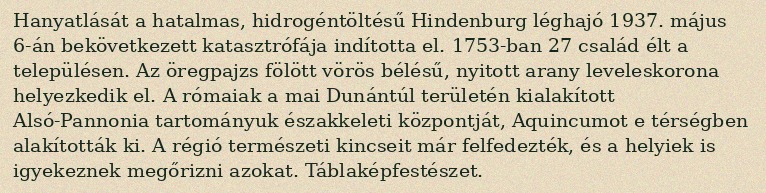
Hanyatlását a hatalmas, hidrogéntöltésű Hindenburg léghajó 1937. május 6-án bekövetkezett katasztrófája indította el. 1753-ban 27 család élt a településen. Az öregpajzs fölött vörös bélésű, nyitott arany leveleskorona helyezkedik el. A rómaiak a mai Dunántúl területén kialakított Alsó-Pannonia tartományuk északkeleti központját, Aquincumot e térségben alakították ki. A régió természeti kincseit már felfedezték, és a helyiek is igyekeznek megőrizni azokat. Táblaképfestészet.